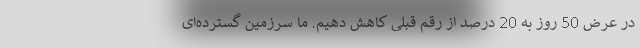
در عرض 50 روز به 20 درصد از رقم قبلی کاهش دهیم. ما سرزمین گسترده‌ای